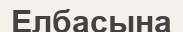
Елбасына